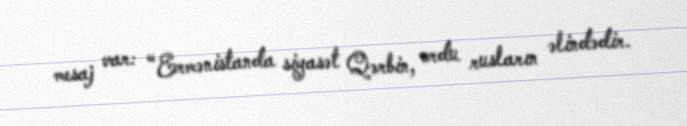
mesaj var: “Ermənistanda siyasət Qərbin, ordu rusların əlindədir.